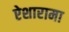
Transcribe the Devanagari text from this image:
ऐशारामा